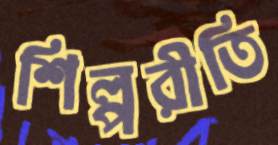
শিল্পরীতি